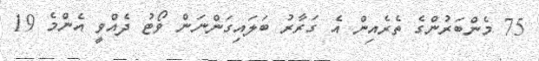
75 މެންބަރުންގެ ތެރެއިން އެ ގަރާރު ބަލައިގަންނަން ވޯޓު ދެއްވީ އެންމެ 19